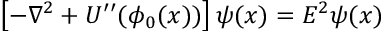
\left[ - \nabla ^ { 2 } + U ^ { \prime \prime } ( \phi _ { 0 } ( x ) ) \right] \psi ( x ) = E ^ { 2 } \psi ( x )